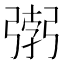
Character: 𭛂